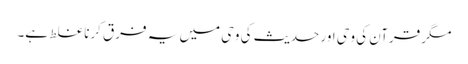
مگر قرآن کی وحی اور حدیث کی وحی میں یہ فرق کرنا غلط ہے۔